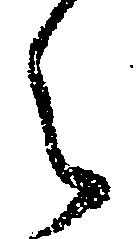
々